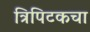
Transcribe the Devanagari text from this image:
त्रिपिटकचा